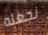
نجعله